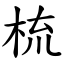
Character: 梳